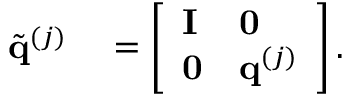
\begin{array} { r l } { \tilde { \mathbf { q } } ^ { ( j ) } } & { { } = \left[ \begin{array} { l l } { \mathbf { I } } & { \mathbf { 0 } } \\ { \mathbf { 0 } } & { \mathbf { q } ^ { ( j ) } } \end{array} \right] . } \end{array}